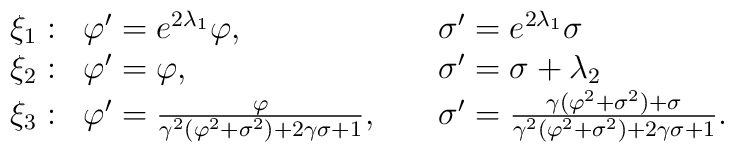
\begin{array}{lll} {\xi}_1 :&\varphi'=  e^{2{\lambda}_1}\varphi,\;\;\;\;\;  &   {\sigma}'=  e^{2{\lambda}_1}\sigma \\{\xi}_2 :&\varphi'= \varphi,\;\;\;\; & {\sigma}'=  \sigma+{\lambda}_2\\ {\xi}_3:&\varphi'=\frac{\varphi}{\gamma^2(\varphi^2+\sigma^2)+2\gamma \sigma+1},\;\;\;\;   &\sigma'=\frac{\gamma(\varphi^2+\sigma^2)+\sigma}{\gamma^2(\varphi^2+\sigma^2)+2\gamma \sigma+1} . \end{array}